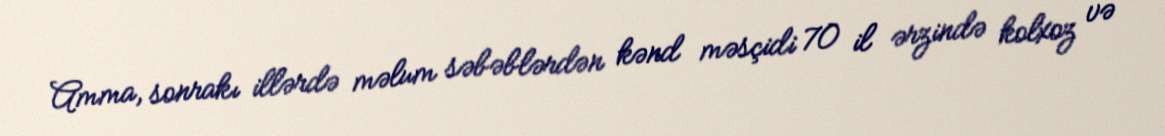
Amma, sonrakı illərdə məlum səbəblərdən kənd məsçidi 70 il ərzində kolxoz və